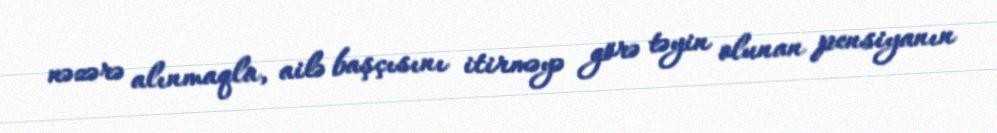
nəzərə alınmaqla, ailə başçısını itirməyə görə təyin olunan pensiyanın